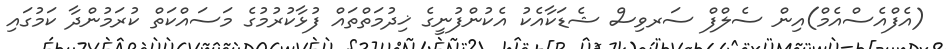
(އެފްއެސްއެމް)އިން ސެލްފް ސަރވިސް ޝެޑަކާއެކު އެކުންފުނީގެ ޚިދުމަތްތައް ފުޅާކުރުމުގެ މަސައްކަތް ކުރަމުންދާ ކަމުގައި